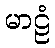
မာဠံ